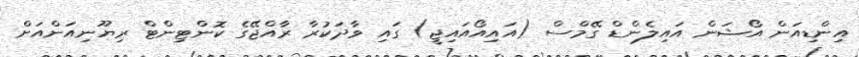
އިންޑިއަން އޯޝަން އައިލެންޑް ގޭމްސް (އައިއޯއައިޖީ) ގައި ވާދަކުރާ ރާއްޖޭގެ ކޮންޓިންޓް ރިޔޫނިއަންއަށް